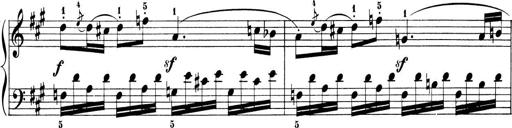
Title: 6 Piano Sonatinas
Composer: Cornelius Gurlitt